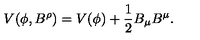
V ( \phi , B ^ { \rho } ) = V ( \phi ) + \frac { 1 } { 2 } B _ { \mu } B ^ { \mu } .